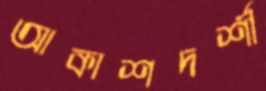
আকাশদর্শী